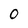
Character: o